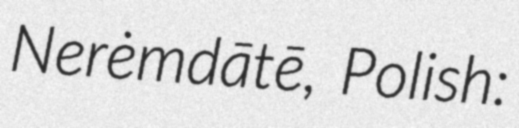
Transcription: Nerėmdātē, Polish: